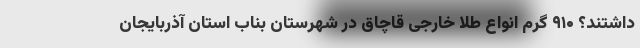
داشتند؟ ۹۱۰ گرم انواع طلا خارجی قاچاق در شهرستان بناب استان آذربایجان